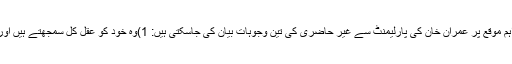
ماضی قریب کے مشاہدات کو پیش نظر رکھا جائے تو اس اہم موقع پر عمران خان کی پارلیمنٹ سے غیر حاضری کی تین وجوہات بیان کی جاسکتی ہیں: 1)وہ خود کو عقل کل سمجھتے ہیں اور پارلیمنٹ کی رائے کو اہمیت دینے کے لئے تیار نہیں ہیں۔